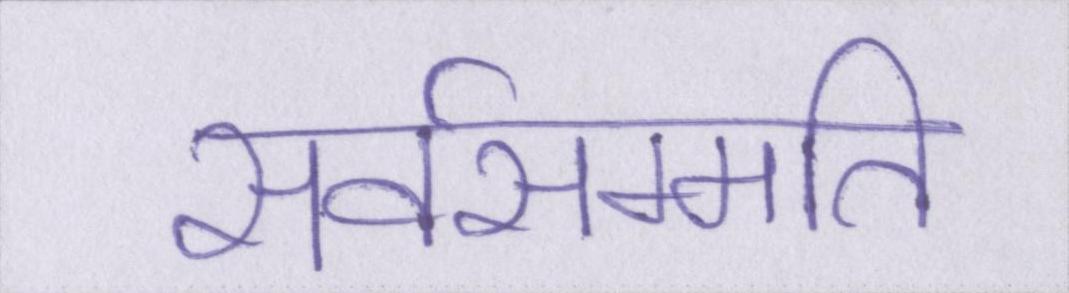
सर्वसम्मति